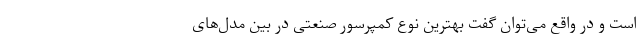
است و در واقع می‌توان گفت بهترین نوع کمپرسور صنعتی در بین مدل‌های